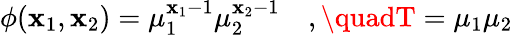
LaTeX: \phi(\mathbf{x}_{1},\mathbf{x}_{2})=\mu_{1}^{\mathbf{x}_{1}-1}\mu_{2}^{\mathbf{x}_{2}-1}\quad,\quadT=\mu_{1}\mu_{2}